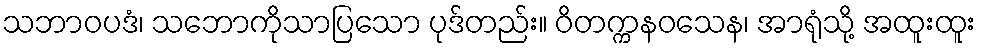
သဘာဝပဒံ၊ သဘောကိုသာပြသော ပုဒ်တည်း။ ဝိတက္ကနဝသေန၊ အာရုံသို့ အထူးထူး